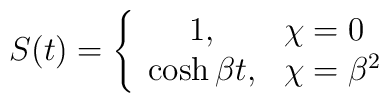
S(t) = \left\{ \begin{array}{cl}1 , &\chi = 0 \\\cosh \beta t , &\chi = {\beta}^{2}\end{array} \right.